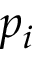
p _ { i }